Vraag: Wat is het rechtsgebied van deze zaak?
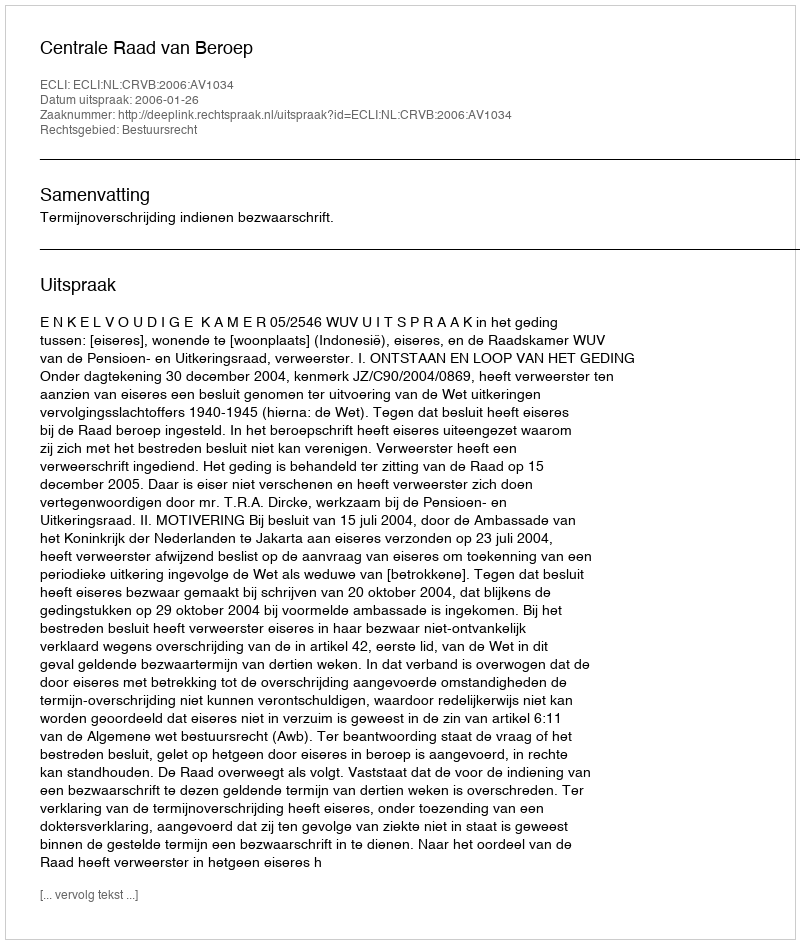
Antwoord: Bestuursrecht